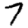
Digit: 7